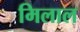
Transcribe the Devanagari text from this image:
मिलाल